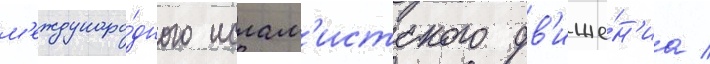
м'еждунаро́дного ислам'истского дв'иже́н'иа /